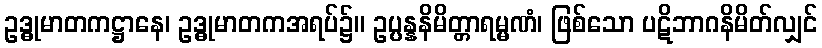
ဥဒ္ဓုမာတကဋ္ဌာနေ၊ ဥဒ္ဓုမာတကအရပ်၌။ ဥပ္ပန္နနိမိတ္တာရမ္မဏံ၊ ဖြစ်သော ပဋိဘာဂနိမိတ်လျှင်